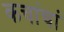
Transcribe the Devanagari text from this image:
कचांचां